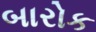
બારોક